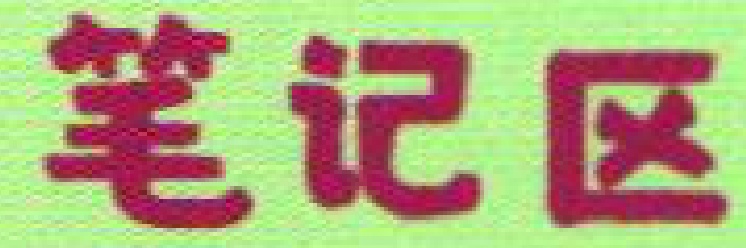
笔记区